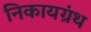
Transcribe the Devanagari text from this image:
निकायग्रंथ